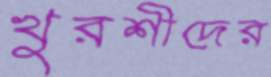
খুরশীদের